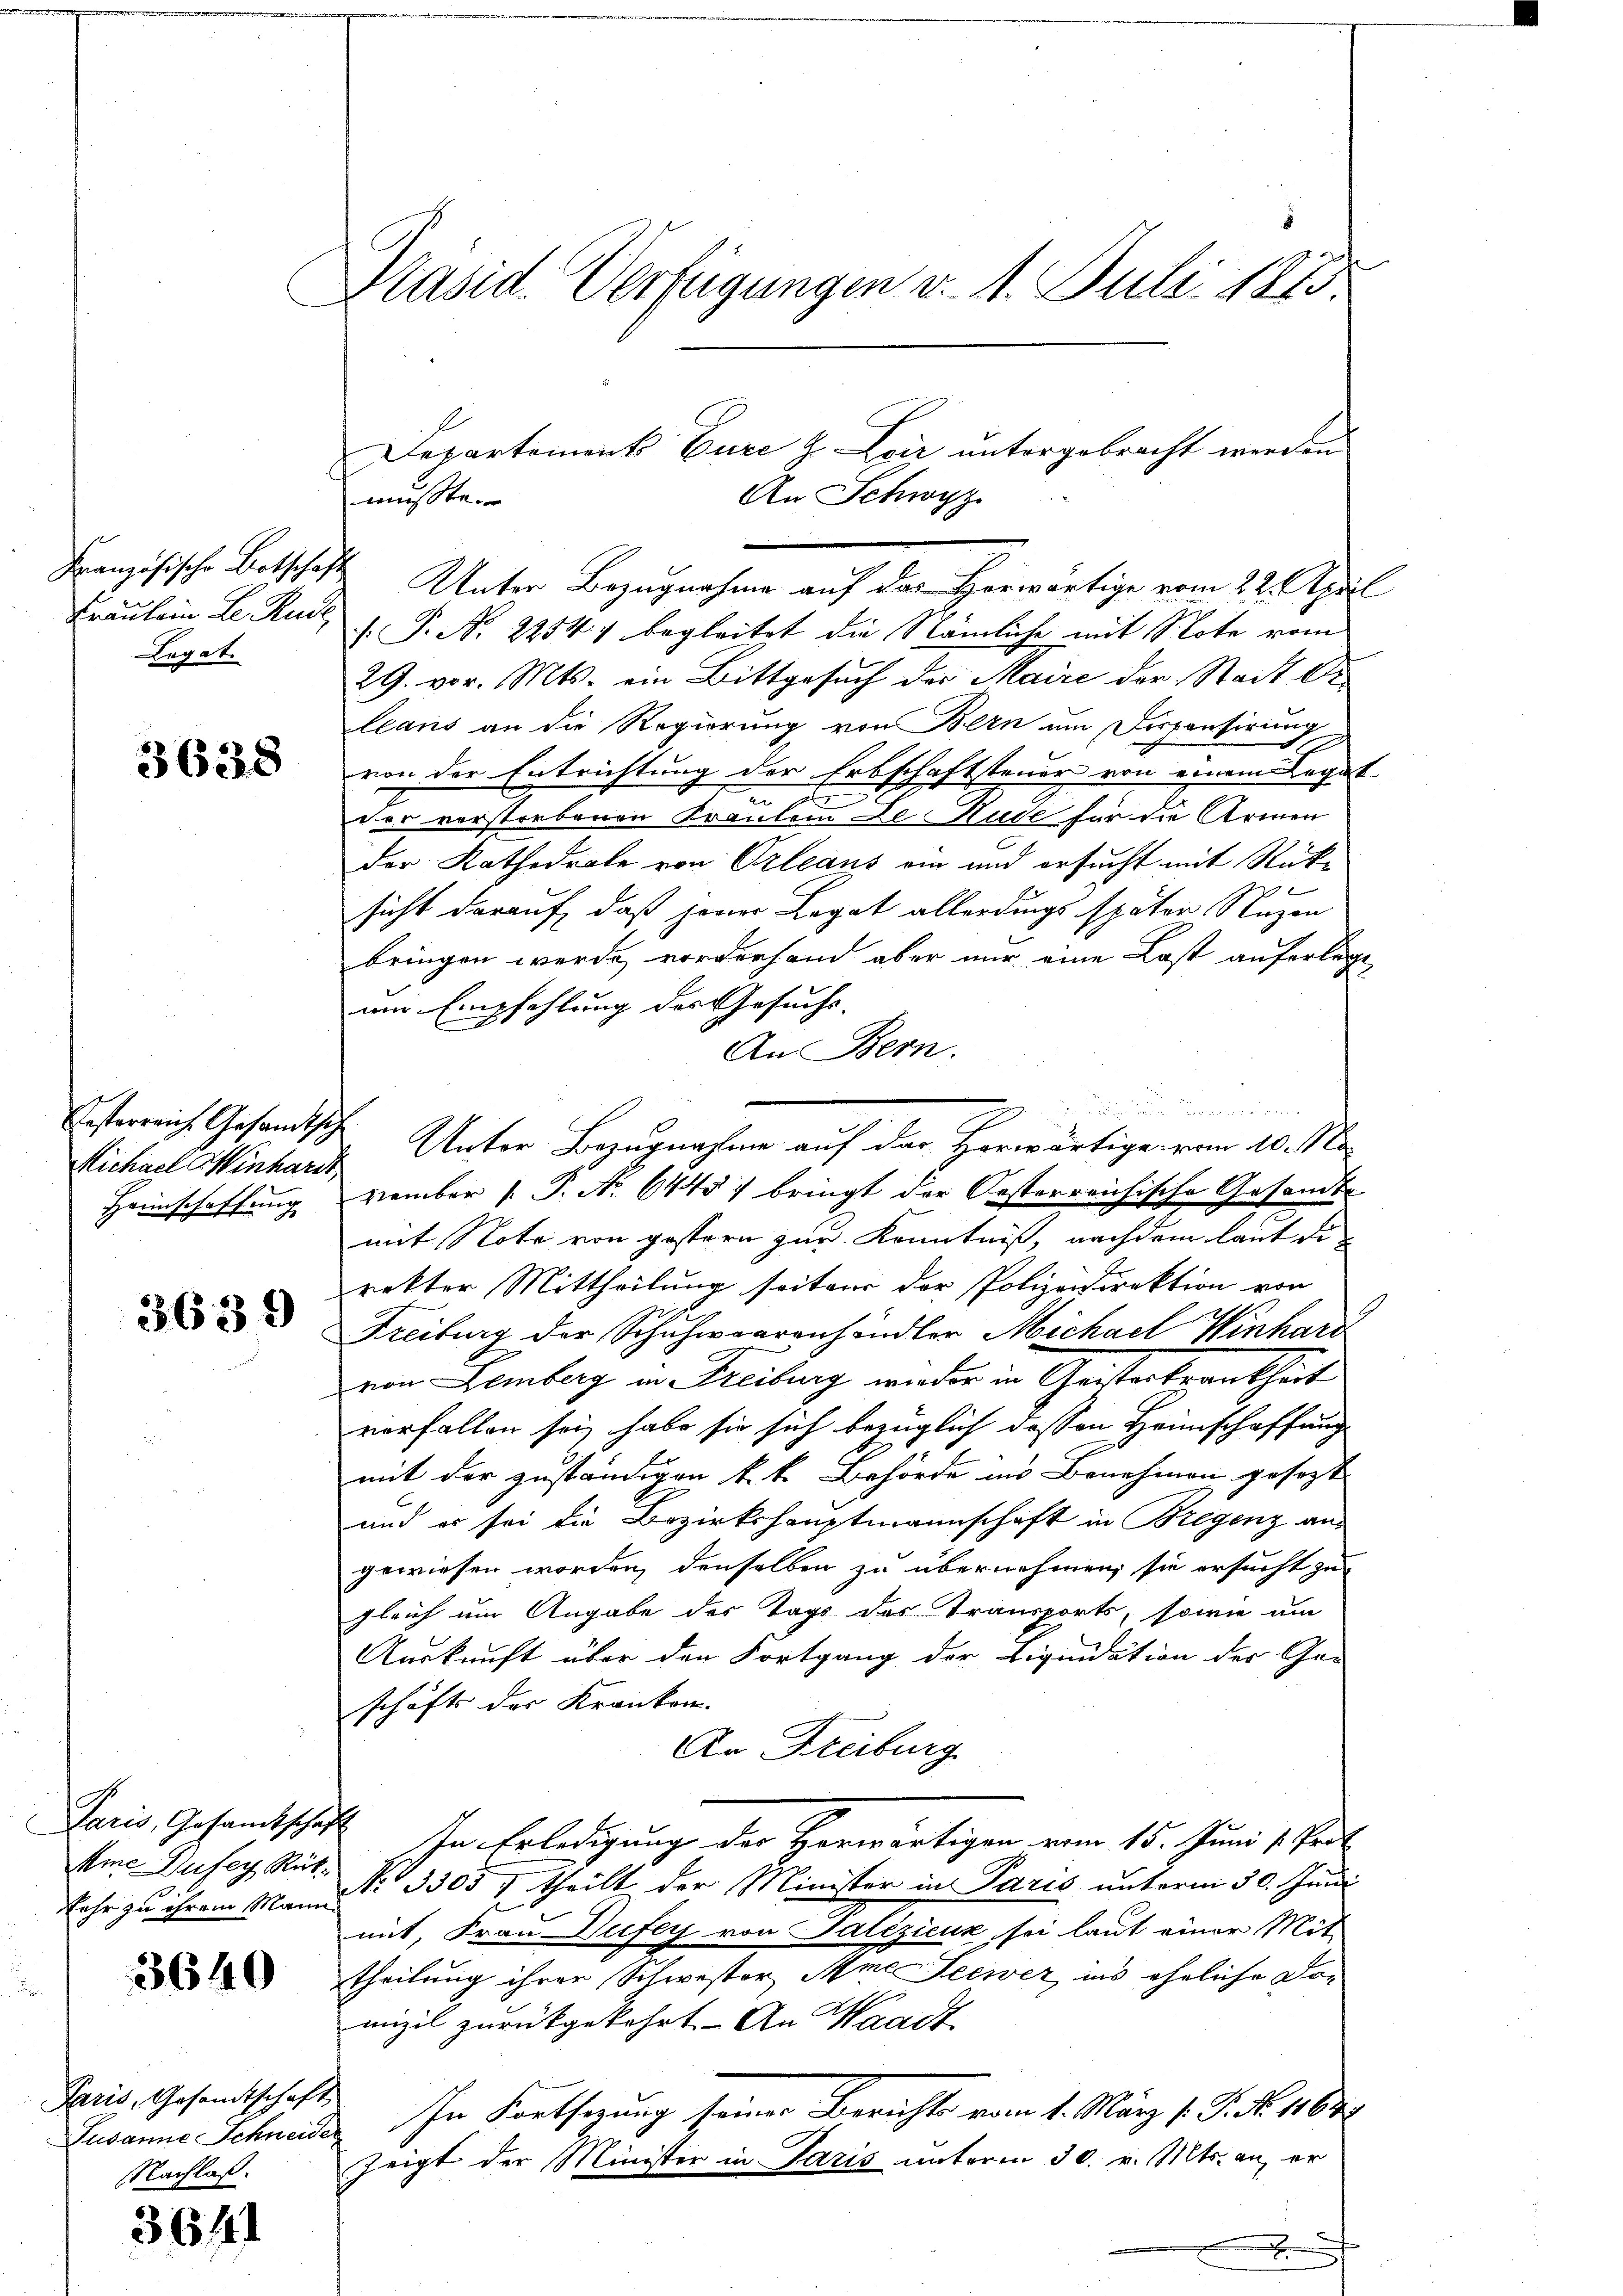
Französische Botschaf
Legat.

3638

Michael Minhardt,
Hannschaffung

3639

ehr zu ihrem Mann

3640

Paris, Gesamtschaf
Susanne Schneide
Nachlaß.

36f

Präsid. Verfügungen v. 4. Juli 1875

Departement Eure & Loiz untergebracht werden
An Schwyz
musste.
.
Unter Bezugnahme auf das Horwärtige vom 22. April
Fräulein Le Rud. J. P. Nr. 22547 begleitet die Nämliche mit Note vom
29. vor. Mts. ein Bittgesuch der Maire der Stadt Di
leans an die Regierung von Bern um Disponsirung
von der Entrichtung der Erbschaftsteuer von einem Legat
der verstorbenen Kraulein De Rude für die Armen
der Kathedrale von Orleaus ein und ersucht mit Rüksicht darauf, daß jener Legat allerdings später Nuzen
bringen werde vorderhand aber nur eine Last auferlege,
nm Empfehlung des Gesuchs- |
An Bern.

Esterreich Gesandtsche Unter Bezugnahme auf der Herwärtige vom 10. No.
vember 1. P. Nr. 6445 bringt der Oesterreichische Gesandte
mit Note von gestern zur Kenntniß, nachdem laut di
rekter Mittheilung seitens der Polizeidirektion von
Freiburg der Schuhwaarenhändler Michael Winhard
von Lemberg in Freiburg wieder in Geisterkrankheit
verfallen sei, habe sie sich bezüglich dessen Heimschaffung
mit der zuständigen k. k. Behörde in Benehmen gesezt
und es sei die Bezirkshauptmannschaft in Bregenz angewiesen worden, denselben zu übernehmen, sie ersucht zu
gleich um Angabe des Tags des Transports, sowie um
Auskunft über den Fortgang der Liquidation der Ge-
schäfts der Kranken.
An Freiburg
Paris, Gesandtschaft. In Erledigung der Herwärtigen vom 15. Juni v. Prob
Ame Dufey Res. No. 3305) theilt der Minister in Paris unterm 30. Juni
mit, Frau Dufey von Talezicuk, sei laut einer Mit
theilung ihrer Schwester Ame Seewer, ins eheliche Dre
mizil zurückgekehrt. - An Waadt.
 In Fortsezung seiner Berichts vom 1. März 1. J. N. 164
zeigt der Minister in Paris unterm 30. v. Mts. an, er